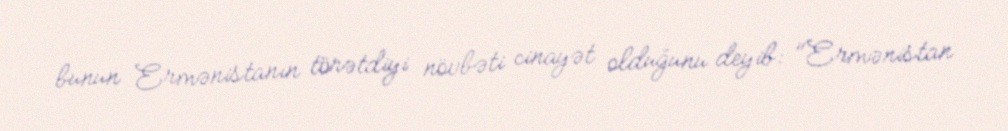
bunun Ermənistanın törətdiyi növbəti cinayət olduğunu deyib: "Ermənistan